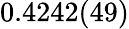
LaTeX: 0.4242(49)